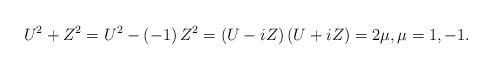
LaTeX: \begin{align*}U^{2}+Z^{2}=U^{2}-\left( -1\right) Z^{2}=\left( U-iZ\right) \left(U+iZ\right) =2\mu,\mu=1,-1.\end{align*}